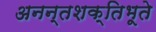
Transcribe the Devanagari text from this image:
अनन्तशक्तिभूते